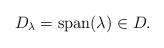
LaTeX: \begin{align*}D_{\lambda}= \mathrm{span}(\lambda) \in D.\end{align*}